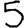
Digit: 5